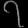
Digit: ၇